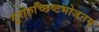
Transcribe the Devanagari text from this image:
गुरोरुच्छिष्टभोजनम्